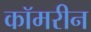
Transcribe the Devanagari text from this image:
कॉमरीन